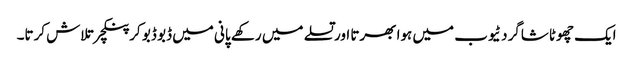
ایک چھوٹا شاگرد ٹیوب میں ہوا بھرتا اور تسلے میں رکھے پانی میں ڈبو ڈبو کر پنکچر تلاش کرتا۔